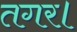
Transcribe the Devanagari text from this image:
तगर।